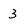
Character: 3